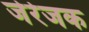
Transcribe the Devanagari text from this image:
जेरेजक